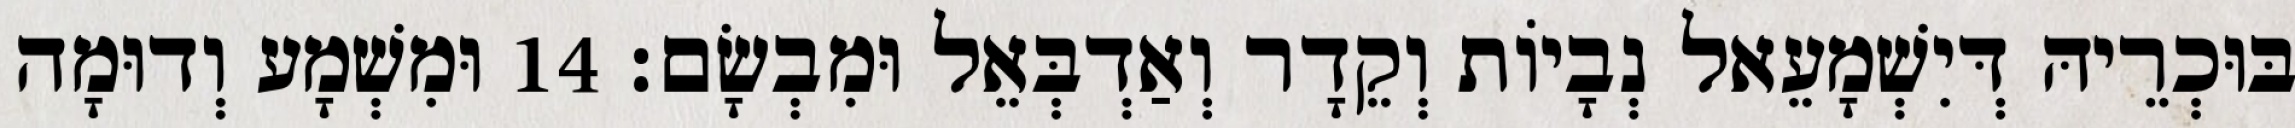
בּוּכְרֵיהּ דְּיִשְׁמָעֵאל נְבָיוֹת וְקֵדָר וְאַדְבְּאֵל וּמִבְשָׂם׃ 14 וּמִשְׁמָע וְדוּמָה